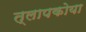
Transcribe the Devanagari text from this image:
त्लापकोया